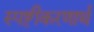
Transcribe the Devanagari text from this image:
स्पष्टीकरणार्थ